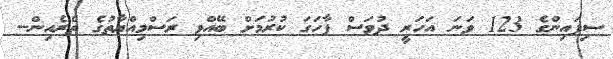
ސިފައިންގެ 123 ވަނަ އަހަރީ ދުވަސް ފާހަގަ ކުރުމަށް ބޭއްވި ރަސްމިއްޔާތުގެ ތެރެެއިން--